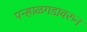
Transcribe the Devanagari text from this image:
पन्हाळगडावरुन